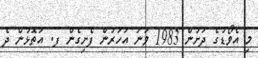
މި އެވޯޑުގެ ދަށުން 1983 ވަނަ އަހަރުން ފެށިގެން ފ. އަތޮޅުން ދެ